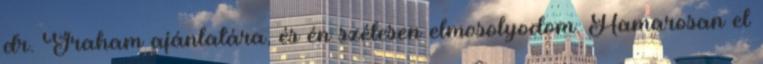
dr. Graham ajánlatára, és én szélesen elmosolyodom. Hamarosan el